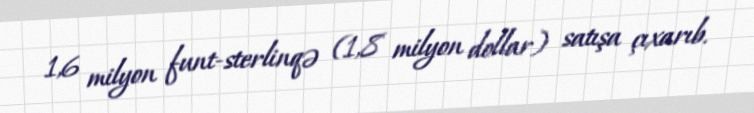
1,6 milyon funt-sterlinqə (1,8 milyon dollar) satışa çıxarıb.